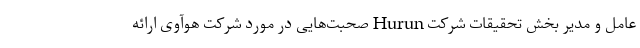
عامل و مدیر بخش تحقیقات شرکت Hurun صحبت‌هایی در مورد شرکت هوآوی ارائه